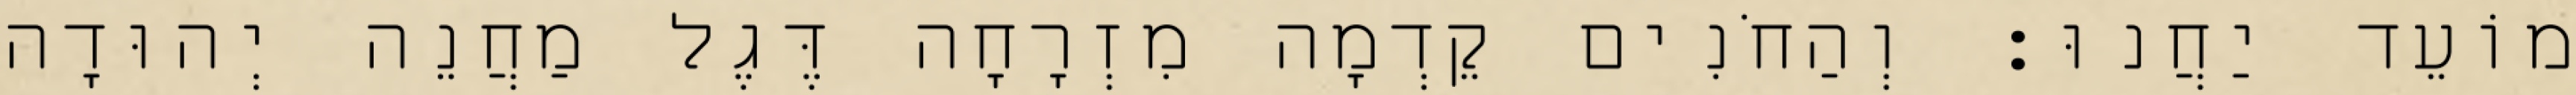
מוֹעֵד יַחֲנוּ׃ וְהַחֹנִים קֵדְמָה מִזְרָחָה דֶּגֶל מַחֲנֵה יְהוּדָה